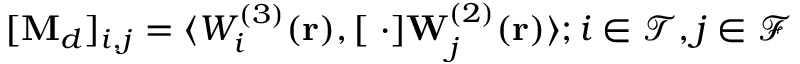
[ \mathbf { M } _ { d } ] _ { i , j } = \langle W _ { i } ^ { ( 3 ) } ( \mathbf { r } ) , [ \mathbf { \nabla } \cdot ] \mathbf { W } _ { j } ^ { ( 2 ) } ( \mathbf { r } ) \rangle ; i \in \mathcal { T } , j \in \mathcal { F }